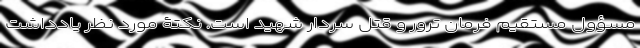
مسؤول مستقیم فرمان ترور و قتل سردار شهید است. نکتۀ مورد نظر یادداشت